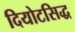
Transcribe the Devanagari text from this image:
दियोटसिद्ध